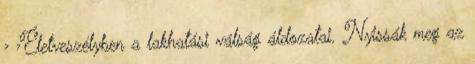
› ›Életveszélyben a lakhatási válság áldozatai. Nyissák meg az